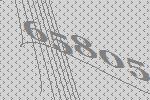
65805